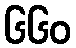
၆၆၀